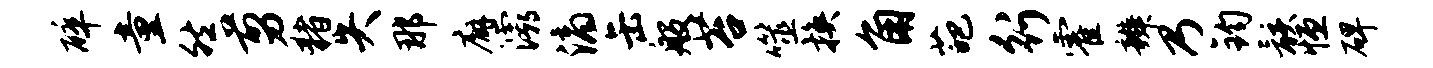
碎童然剪猪失那廨灞滴缶般苔噬换角葩行霍辨乃钧骸恒碑